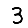
Digit: 3